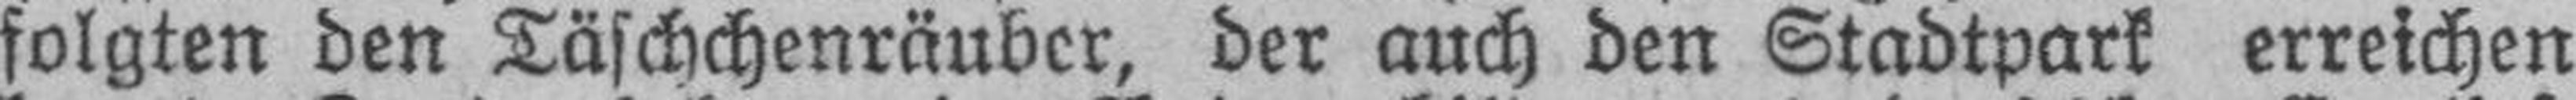
folgten den Täschchenräuber, der auch den Stadtpark erreichen